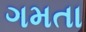
ગમતા